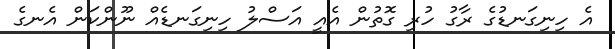
އެ ހިނިގަނޑުގެ ރާގު ހުރި ގޮތުން އެއީ އަސްލު ހިނިގަނޑެއް ނޫންކަން އެނގެ